Annual report of the Central Committee of the Association together with the report of the directors of the Pasteur Institute at Kasauli
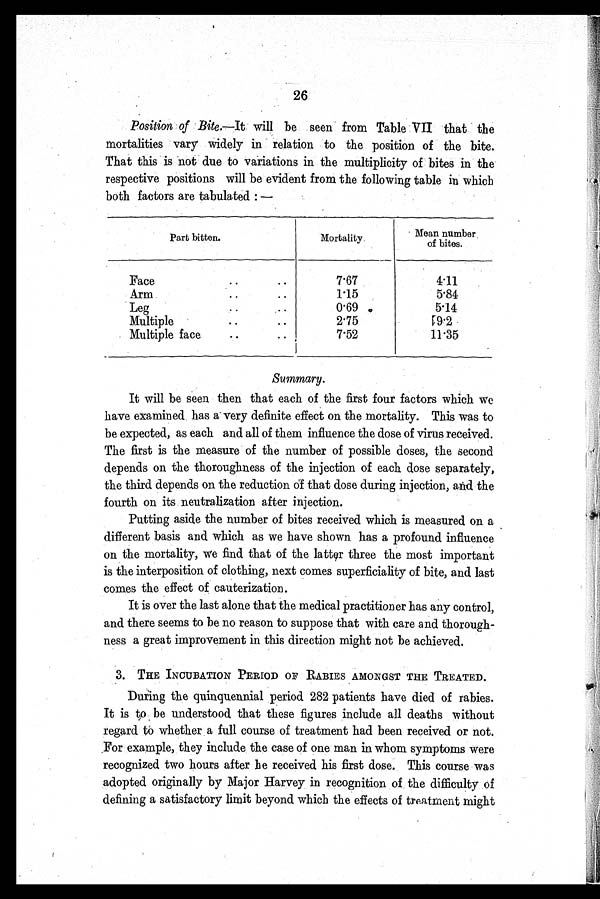
26
Position of Bite .—It will be seen from Table VII that the
mortalities vary widely in relation to the position of the bite.
That this is not due to variations in the multiplicity of bites in the
respective positions will be evident from the following table in which
both factors are tabulated:—
Part bitten.
Mortality.
Mean number
of bites.
Face. . .
7 . 6 7
4.11
Arm
. . .
1.15
5.84
Leg . . .
0.69
5.14
Multiple
. . .
2.75
9.2
Multiple face
. . .
7.52
11.35
Summary.
It will be seen then that each of the first four factors which we
have examined has a very definite effect on the mortality. This was to
be expected, as each and all of them influence the dose of virus received.
The first is the measure of the number of possible doses, the second
depends on the thoroughness of the injection of each dose separately,
the third depends on the reduction of that dose during injection, and the
fourth on its neutralization after injection.
Putting aside the number of bites received which is measured on a
different basis and which as we have shown has a profound influence
on the mortality, we find that of the latter three the most important
is the interposition of clothing, next comes superficiality of bite, and last
comes the effect of cauterization.
It is over the last alone that the medical practitioner has any control,
and there seems to be no reason to suppose that with care and thorough-
ness a great improvement in this direction might not be achieved.
3. THE INCUBATION PERIOD OF RABIES AMONGST THE TREATED.
During the quinquennial period 282 patients have died of rabies.
It is to be understood that these figures include all deaths without
regard to whether a full course of treatment had been received or not.
For example, they include the case of one man in whom symptoms were
recognized two hours after be received his first dose. This course was
adopted originally by Major Harvey in recognition of the difficulty of
defining a satisfactory limit beyond which the effects of treatment might